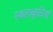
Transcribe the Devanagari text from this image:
स्थलाकृतियां